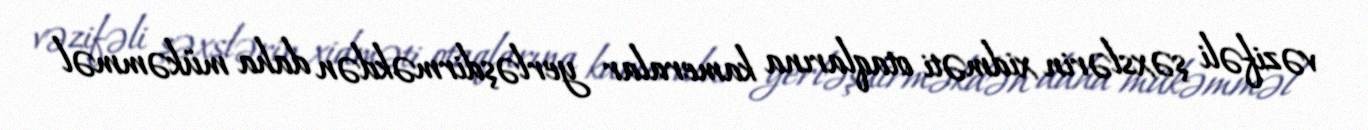
vəzifəli şəxslərin xidməti otaqlarına kameralar yerləşdirməkdən daha mükəmməl